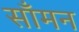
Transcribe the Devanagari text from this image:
साँमन